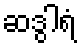
ဆဒွါရံ